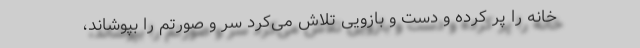
خانه را پُر کرده و دست و بازویی تلاش می‌کرد سر و صورتم را بپوشاند،